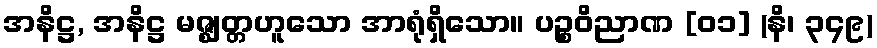
အနိဋ္ဌ, အနိဋ္ဌ မဇ္ဈတ္တဟူသော အာရုံရှိသော။ ပဉ္စဝိညာဏ [၀၁] (နိ၊ ၃၄၉)